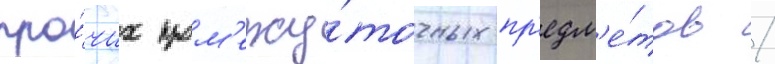
про́чих пром'ежу́точных пр'едм'е́тов /